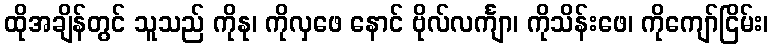
ထိုအချိန်တွင် သူသည် ကိုနု၊ ကိုလှဖေ နောင် ဗိုလ်လင်္ကျာ၊ ကိုသိန်းဖေ၊ ကိုကျော်ငြိမ်း၊